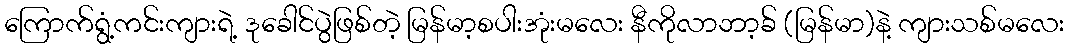
ကြောက်ရွံ့ကင်းကျားရဲ့ ဒုခေါင်ပွဲဖြစ်တဲ့ မြန်မာ့စပါးအုံးမလေး နီကိုလာဘာ့ခ် (မြန်မာ)နဲ့ ကျားသစ်မလေး